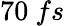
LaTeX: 70~fs